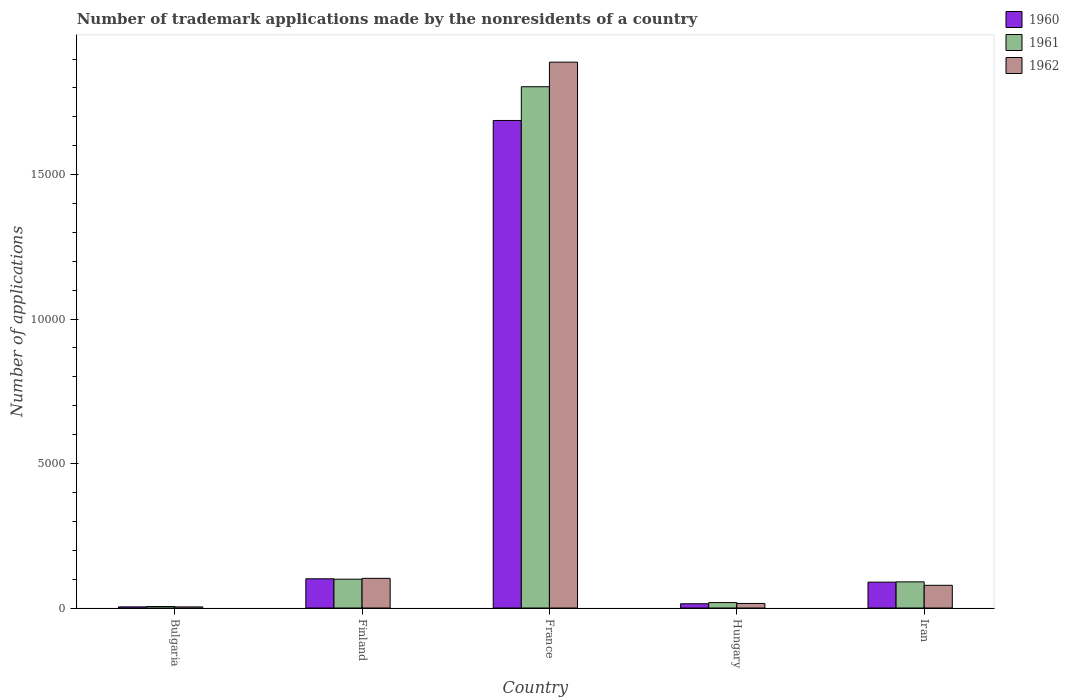
| Country | 1960 | 1961 | 1962 |
 | --- | --- | --- | --- |
 | Bulgaria | 39 | 51 | 38 |
 | Finland | 1.01e+03 | 998 | 1.03e+03 |
 | France | 1.69e+04 | 1.8e+04 | 1.89e+04 |
 | Hungary | 147 | 188 | 158 |
 | Iran | 895 | 905 | 786 |